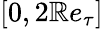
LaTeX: [0,2\mathbb{R}e_{\tau}]